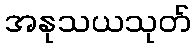
အနုသယသုတ်